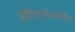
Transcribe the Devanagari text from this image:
जेमिफ़्लॉक्सासिन